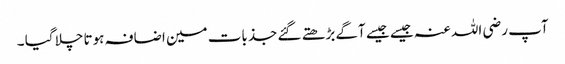
آپ رضی اللہ عنہ جیسے جیسے آگے بڑھتے گئے جذبات مین اضافہ ہوتا چلا گیا ۔